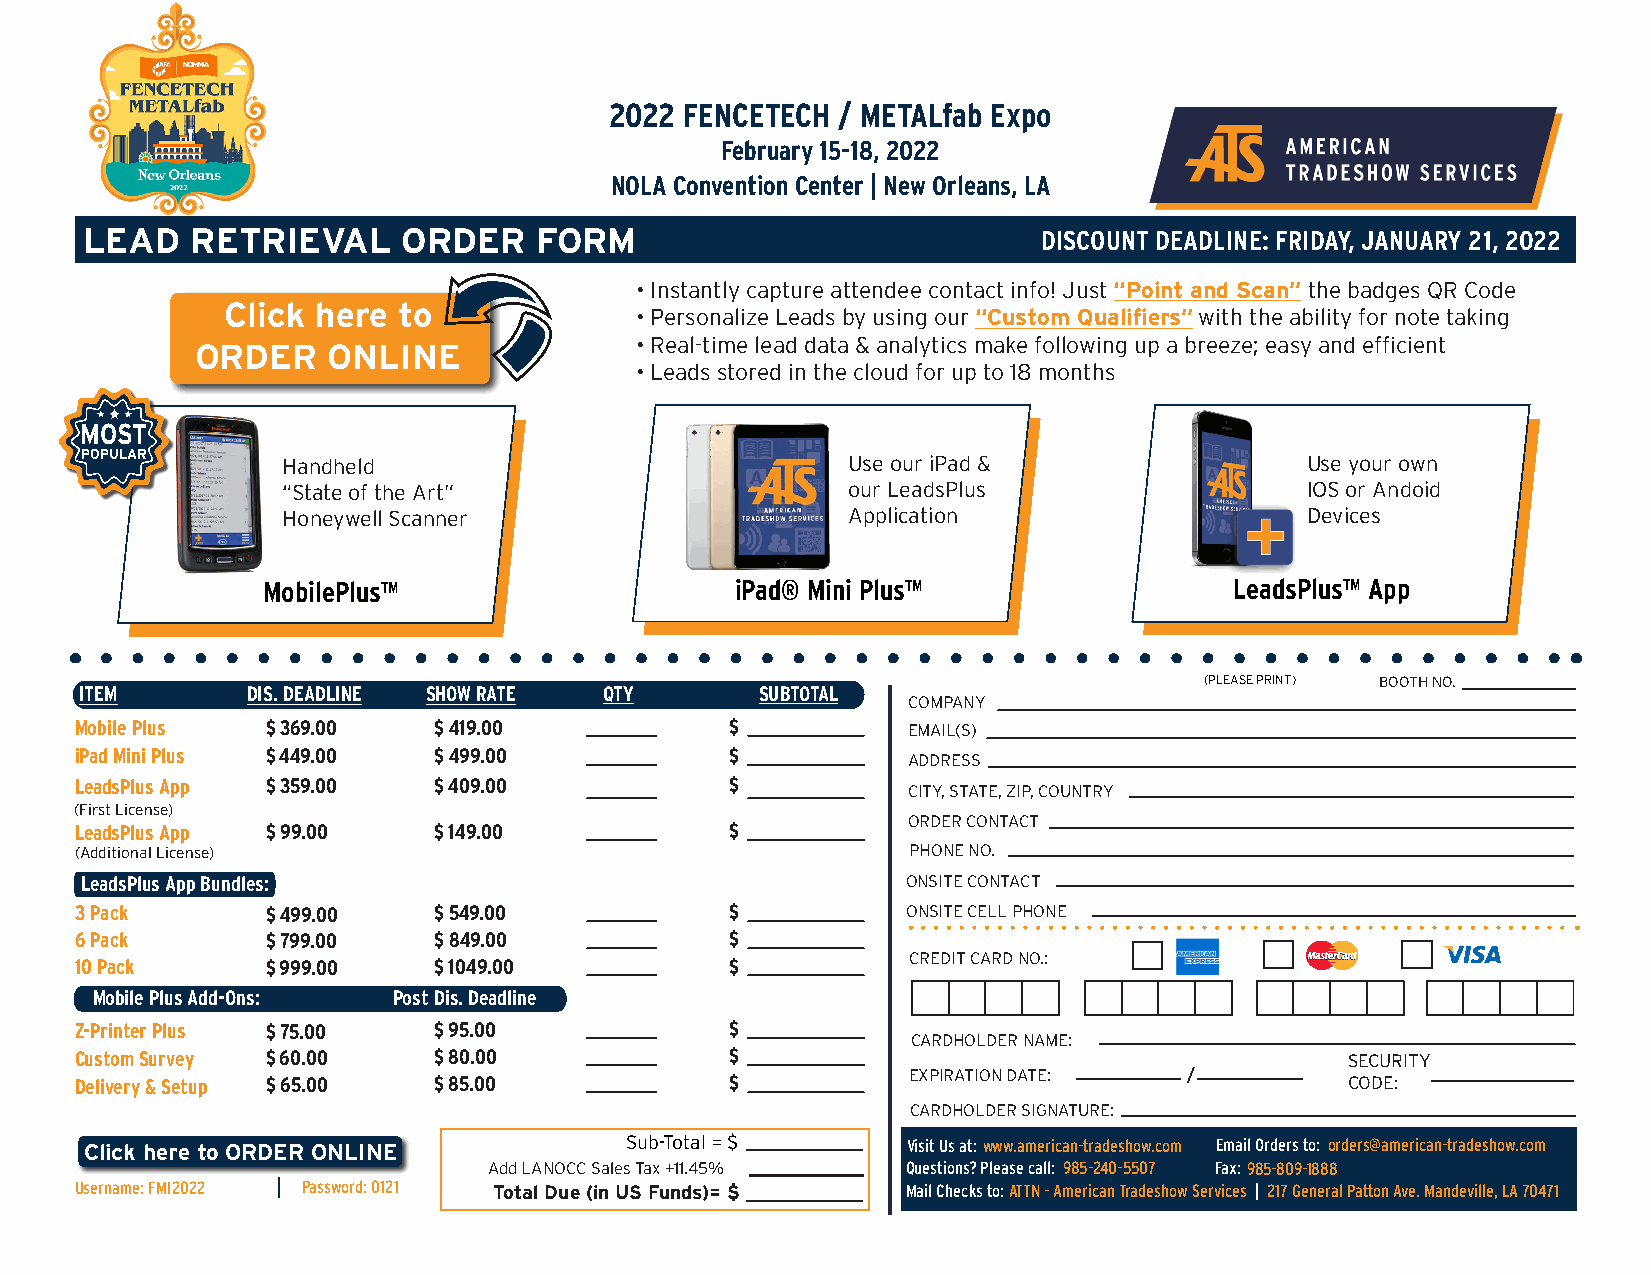
2022 FENCETECH / METALfab Expo
 February 15-18, 2022
 NOLA Convention Center | New Orleans, LA
 LEAD   RETRIEVAL     ORDER   FORM                              DISCOUNT DEADLINE: FRIDAY, JANUARY 21, 2022
 • Instantly capture attendee contact info! Just “Point and Scan” the badges QR Code
 Click here to
 • Personalize Leads by using our “Custom Qualifiers” with the ability for note taking
 • Real-time lead data & analytics make following up a breeze; easy and efficient
 ORDER    ONLINE
 • Leads stored in the cloud for up to 18 months
 MOST
 POPULAR       Handheld                             Use our iPad &                Use your own
 “State of the Art”                   our LeadsPlus                 IOS or Andoid
 Honeywell Scanner                    Application                   Devices
 MobilePlus™                     iPad® Mini Plus™                 LeadsPlus™ App
 (PLEASE PRINT) BOOTH NO.
 ITEM       DIS. DEADLINE SHOW RATE QTY       SUBTOTAL
 COMPANY
 Mobile Plus  $ 369.00   $ 419.00           $           EMAIL(S)
 iPad Mini Plus $ 449.00 $ 499.00           $
 ADDRESS
 LeadsPlus App $ 359.00  $ 409.00           $           CITY, STATE, ZIP, COUNTRY
 (First License)
 ORDER CONTACT
 LeadsPlus App $ 99.00   $ 149.00           $
 (Additional License)                                   PHONE NO.
 LeadsPlus App Bundles:                                 ONSITE CONTACT
 3 Pack       $ 499.00   $ 549.00           $           ONSITE CELL PHONE
 6 Pack       $ 799.00   $ 849.00           $
 CREDIT CARD NO.:
 10 Pack      $ 999.00   $ 1049.00          $
 Mobile Plus Add-Ons: Post Dis. Deadline
 Z-Printer Plus $ 75.00  $ 95.00            $
 CARDHOLDER NAME:
 Custom Survey $ 60.00   $ 80.00            $                                        SECURITY
 Delivery & Setup $ 65.00 $ 85.00           $           EXPIRATION DATE:  /          CODE:
 CARDHOLDER SIGNATURE:
 Click here to ORDER ONLINE         Sub-Total = $      Visit Us at:www.american-tradeshow.com Email Orders to: orders@american-tradeshow.com
 Add LANOCC Sales Tax +11.45% Questions? Please call: 985-240-5507 Fax:985-809-1888
 Username: FMI2022 | Password: 0121 Total Due (in US Funds)= $ Mail Checks to:ATTN - American Tradeshow Services | 217 General Patton Ave. Mandeville, LA 70471